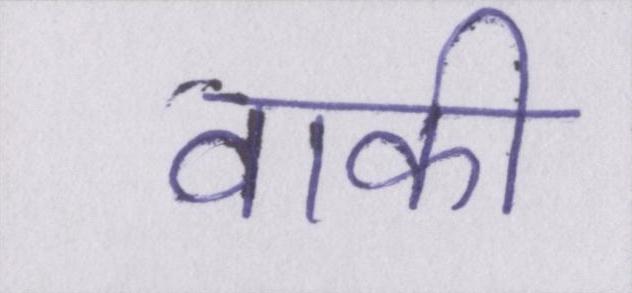
वाकी